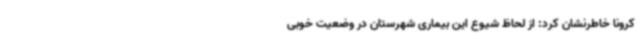
کرونا خاطرنشان کرد: از لحاظ شیوع این بیماری شهرستان در وضعیت خوبی